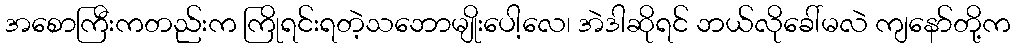
အစောကြီးကတည်းက ကြိုရင်းရတဲ့သဘောမျိုးပေါ့လေ၊ အဲဒါဆိုရင် ဘယ်လိုခေါ်မလဲ ကျနော်တို့က